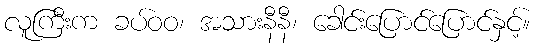
လူကြီးက ခပ်ဝဝ၊ အသားနီနီ၊ ခေါင်းပြောင်ပြောင်နှင့်။